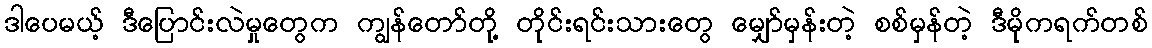
ဒါပေမယ့် ဒီပြောင်းလဲမှုတွေက ကျွန်တော်တို့ တိုင်းရင်းသားတွေ မျှော်မှန်းတဲ့ စစ်မှန်တဲ့ ဒီမိုကရက်တစ်